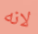
لانه